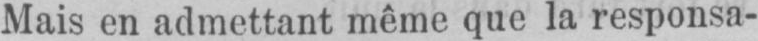
Mais en admettant même que la responsa-